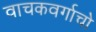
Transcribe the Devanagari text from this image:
वाचकवर्गाचो